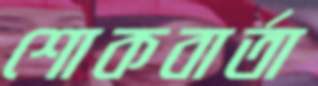
শোকবার্তা